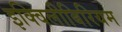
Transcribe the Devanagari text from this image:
इक्विलीबिरियम